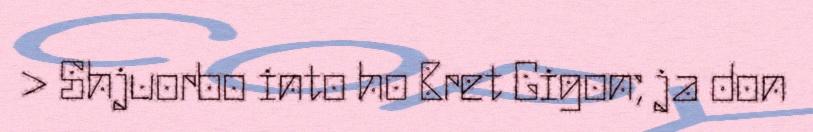
> Shjuorbo into ho Bret Gigon; ja don